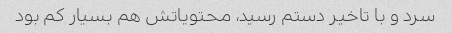
سرد و با تاخیر دستم رسید، محتویاتش هم بسیار کم بود